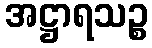
အဋ္ဌာရသဉ္စ